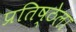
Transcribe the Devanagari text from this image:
प्रतिष्ठेला